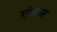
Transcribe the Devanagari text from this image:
एंग्लस